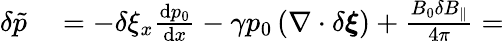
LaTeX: \begin{array}{r}{\begin{array}{rl}{\delta\tilde{p}}&{{}=-\delta\xi_{x}\frac{\textrm{d}p_{0}}{\textrm{d}x}-\gamma p_{0}\left(\nabla\cdot\delta\boldsymbol{\xi}\right)+\frac{B_{0}\delta B_{\parallel}}{4\pi}=}\end{array}}\end{array}